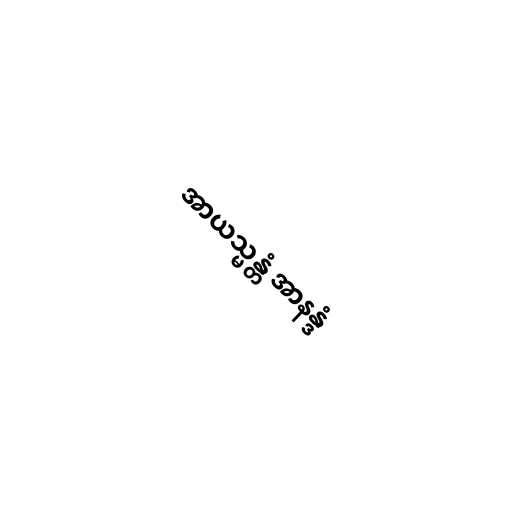
အာယသ္မန္တံ အာနန္ဒံ